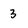
Character: 3